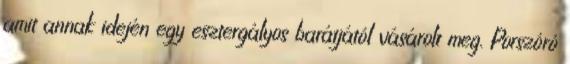
amit annak idején egy esztergályos barátjától vásárolt meg. Porszóró